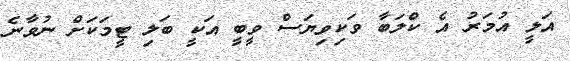
އަލީ އުމަރު އެ ކްލަބާ ވަކިވިޔަސް ވީބީ އަކީ ބަލި ޓީމަކަށް ނުވާނެ